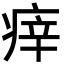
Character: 㾕